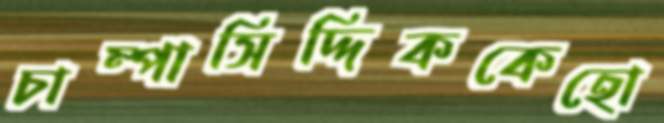
চাম্পাসিদ্দিককেহো